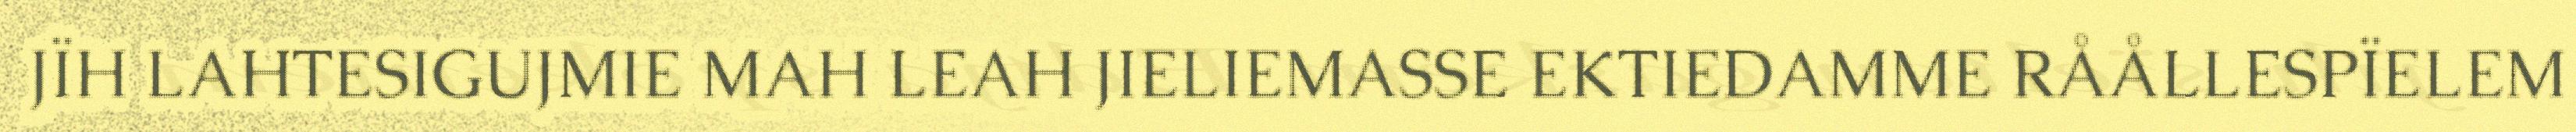
JÏH LAHTESIGUJMIE MAH LEAH JIELIEMASSE EKTIEDAMME RÅÅLLESPÏELEM